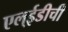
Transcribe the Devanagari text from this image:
एल्‌ईडीची